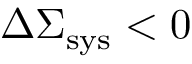
\Delta \Sigma _ { \mathrm { s y s } } < 0